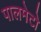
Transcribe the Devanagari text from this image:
पालमेटो